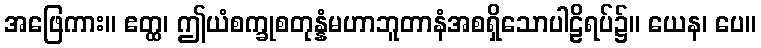
အဖြေကား။ ဧတ္ထ၊ ဤယံစက္ခုစတုန္နံမဟာဘူတာနံအစရှိသောပါဠိရပ်၌။ ယေန၊ ပေ။